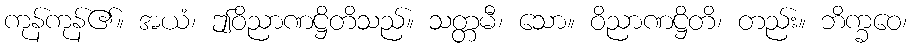
ကုန်ကုန်၏။ အယံ၊ ဤဝိညာဏဋ္ဌိတိသည်။ သတ္တမီ၊ သော။ ဝိညာဏဋ္ဌိတိ၊ တည်း။ ဘိက္ခဝေ၊